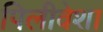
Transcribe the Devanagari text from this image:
पिलीवेशा